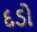
દડો